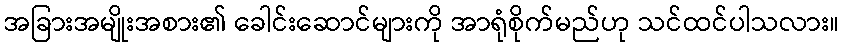
အခြားအမျိုးအစား၏ ခေါင်းဆောင်များကို အာရုံစိုက်မည်ဟု သင်ထင်ပါသလား။